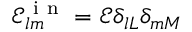
\mathcal { E } _ { l m } ^ { \mathrm { ~ i ~ n ~ } } = \mathcal { E } \delta _ { l L } \delta _ { m M }